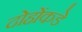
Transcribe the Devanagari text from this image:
दोहोंकडे